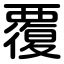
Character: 覆